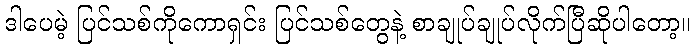
ဒါပေမဲ့ ပြင်သစ်ကိုကောရှင်း ပြင်သစ်တွေနဲ့ စာချုပ်ချုပ်လိုက်ပြီဆိုပါတော့။